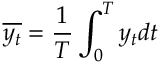
\overline { { y _ { t } } } = \frac { 1 } { T } \int _ { 0 } ^ { T } y _ { t } d t